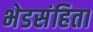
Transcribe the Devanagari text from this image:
भेडसंहिता